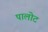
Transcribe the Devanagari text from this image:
पालोट